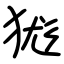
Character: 狵